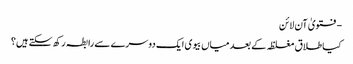
- فتویٰ آن لائن
کیا طلاق مغلظہ کے بعد میاں بیوی ایک دوسرے سے رابطہ رکھ سکتے ہیں؟